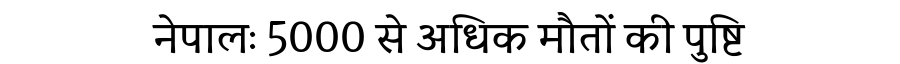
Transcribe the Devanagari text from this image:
नेपालः 5000 से अधिक मौतों की पुष्टि